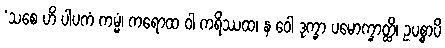
‘သစေ ဟိ ပါပကံ ကမ္မံ၊ ကရောထ ဝါ ကရိဿထ၊ န ဝေါ ဒုက္ခာ ပမောက္ခာတ္ထိ၊ ဥပစ္စာပိ